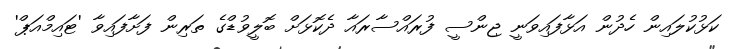
ކަޅުކުލައިން ހެދުން އަޅާފައިވަނީ ޖިންސީ ފުރައްސާރައާ ދެކޮޅަށް ބޮލީވުޑްގެ ތަރިން ފަށާފައިވާ 'ޓައިމްއަޕް'